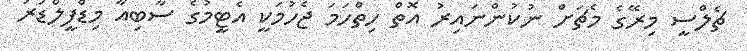
ޗެލްސީ މިރޭގެ މެޗަށް ނުކުންނައިރު އޮތް ހިތްހަމަ ޖެހުމަކީ އެޓީމުގެ ސާބިއާ މިޑްފީލްޑަރު